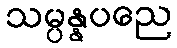
သမ္ပန္နပညေ